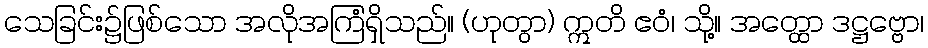
သေခြင်း၌ဖြစ်သော အလိုအကြံရှိသည်။ (ဟုတွာ) ဣတိ ဧဝံ၊ သို့။ အတ္ထော ဒဋ္ဌဗ္ဗော၊